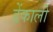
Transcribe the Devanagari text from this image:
डेंकाली